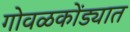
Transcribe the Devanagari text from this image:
गोवळकोंड्यात